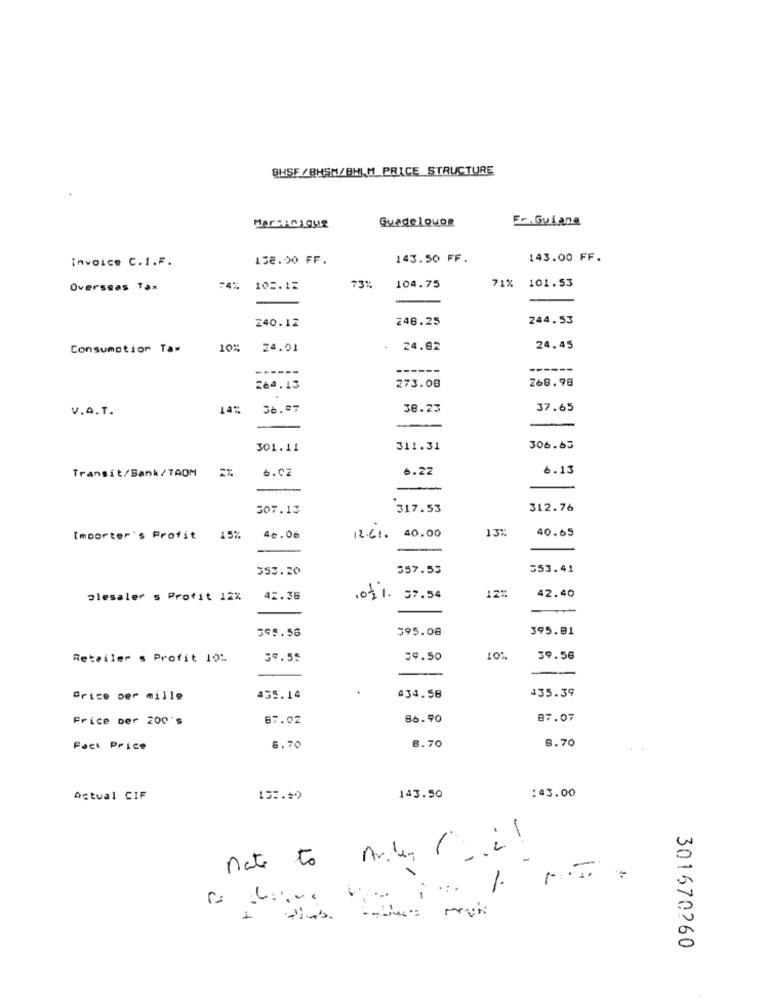
BHSF / BHSM/BHL M PRICE STRUCTURE
Guadeloupe
Fr.Guiana
Marcinique
invoice C.I.F.
158.00 FF.
143.50 FF.
143.00 FF.
71% 101.53
Overseas Tax
74%
102.12
73%
104.75
-
240.12
248.25
244.53
Consumption Taw
10%
24.01
24.82
24.45
--
------
268.98
264.13
273.08
V.A.T.
14%
36.07
38.23
37.65
-
301.11
311.31
306.63
6.22
6.13
Transit/Bank/TAOM 2%
6.02
-
507.13
317.53
312.76
13
40.65
Importer's Profit
15%
40.06
12.61. 40.00
353.20
357.53
553.41
12%
plesaler s Profit 12%
42.36
(0) 1. 37.54
42.40
395.08
395.81
555.58
Retailer s Profit 10%
59.55
59.50
10%
39.56
.
435.39
Price per mille
435.14
434.58
Frice ber 200's
67.02
86.90
87.07
8.70
Fact Price
6.70
8.70
143.00
Actual CIF
157.50
143.50
-
is
nate to
1.
1
0
301670260